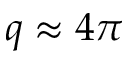
q \approx 4 \pi